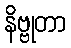
နိဗ္ဗုတာ